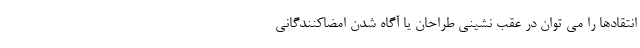
انتقاد‌ها را می توان در عقب نشینی طراحان یا آگاه شدن امضاکنندگانی